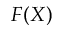
F ( X )